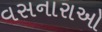
વસનારાઓ